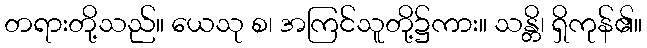
တရားတို့သည်။ ယေသု စ၊ အကြင်သူတို့၌ကား။ သန္တိ၊ ရှိကုန်၏။